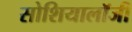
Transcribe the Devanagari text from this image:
सोशियालॉजी